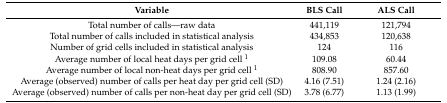
<table><thead><tr><td><b>Variable</b></td><td><b>BLS Call</b></td><td><b>ALS Call</b></td></tr></thead><tbody><tr><td>Total number of calls—raw data</td><td>441,119</td><td>121,794</td></tr><tr><td>Total number of calls included in statistical analysis</td><td>434,853</td><td>120,638</td></tr><tr><td>Number of grid cells included in statistical analysis</td><td>124</td><td>116</td></tr><tr><td>Average number of local heat days per grid cell <sup>1</sup></td><td>109.08</td><td>60.44</td></tr><tr><td>Average number of local non-heat days per grid cell <sup>1</sup></td><td>808.90</td><td>857.60</td></tr><tr><td>Average (observed) number of calls per heat day per grid cell (SD)</td><td>4.16 (7.51)</td><td>1.24 (2.16)</td></tr><tr><td>Average (observed) number of calls per non-heat day per grid cell (SD)</td><td>3.78 (6.77)</td><td>1.13 (1.99)</td></tr></tbody></table>